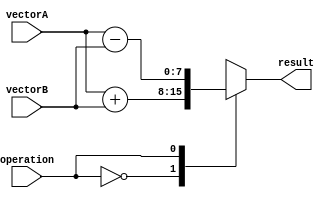
module VectorALU (
    input wire [7:0] vectorA,
    input wire [7:0] vectorB,
    input wire operation,
    output reg [7:0] result
);

always @(*) begin
    case(operation)
        0: result = vectorA + vectorB; // Addition
        1: result = vectorA - vectorB; // Subtraction
        2: result = vectorA * vectorB; // Multiplication
        3: result = vectorA / vectorB; // Division
        default: result = 8'b0; // Default case
    endcase
end

endmodule